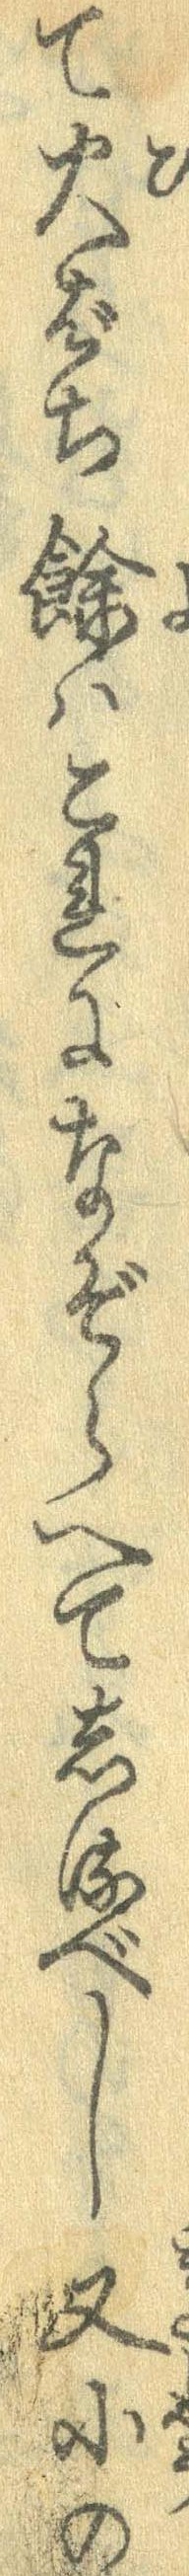
て火ばち余はこれになぞらへてしるべし又小の